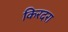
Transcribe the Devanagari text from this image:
किरदरा